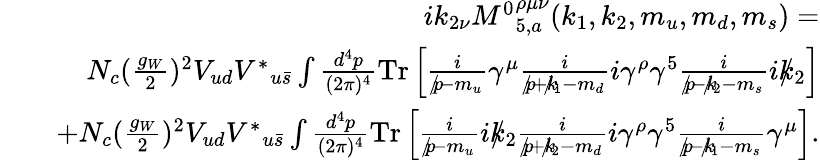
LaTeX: \begin{array}{rlr}&{}&{ik_{2\nu}{M^{0}}_{5,a}^{\rho\mu\nu}(k_{1},k_{2},m_{u},m_{d},m_{s})=}\\ &{}&{N_{c}(\frac{g_{W}}{2})^{2}V_{ud}{V^{\ast}}_{u\bar{s}}\int\frac{d^{4}p}{(2\pi)^{4}}\mathrm{{Tr}}\left[\frac{i}{p\! \! \! /-m_{u}}\gamma^{\mu}\frac{i}{p\! \! \! /+k\! \! \! /_{1}-m_{d}}i\gamma^{\rho}\gamma^{5}\frac{i}{p\! \! \! /-k\! \! \! /_{2}-m_{s}}ik\! \! \! /_{2}\right]}\\ &{}&{+N_{c}(\frac{g_{W}}{2})^{2}V_{ud}{V^{\ast}}_{u\bar{s}}\int\frac{d^{4}p}{(2\pi)^{4}}{\mathrm{Tr}}\left[\frac{i}{p\! \! \! /-m_{u}}ik\! \! \! /_{2}\frac{i}{p\! \! \! /+k\! \! \! /_{2}-m_{d}}i\gamma^{\rho}\gamma^{5}\frac{i}{p\! \! \! /-k\! \! \! /_{1}-m_{s}}\gamma^{\mu}\right].}\end{array}